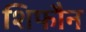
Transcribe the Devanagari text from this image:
शिफौन